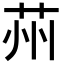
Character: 𦭴